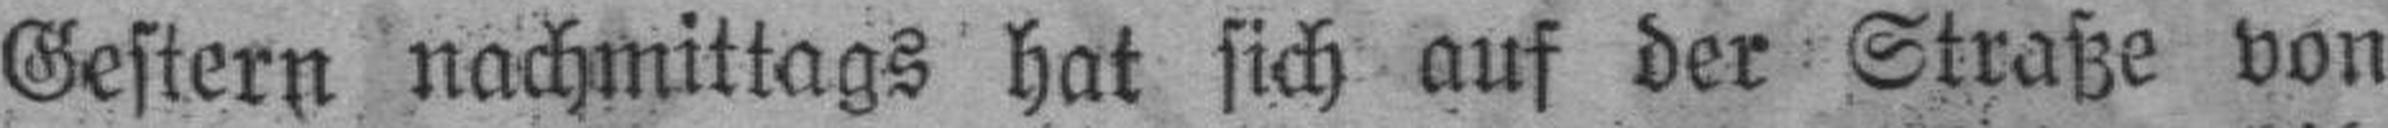
Gestern nachmittags hat sich auf der Straße von